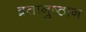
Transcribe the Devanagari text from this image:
व्रतानुष्ठान